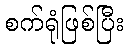
စက်ရုံဖြစ်ပြီး